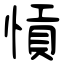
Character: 愩